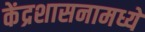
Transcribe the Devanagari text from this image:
केंद्रशासनामध्ये